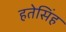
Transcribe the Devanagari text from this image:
हतेसिंह